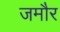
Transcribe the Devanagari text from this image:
जमौर